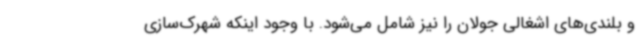
و بلندی‌های اشغالی جولان را نیز شامل می‌شود. با وجود اینکه شهرک‌سازی